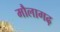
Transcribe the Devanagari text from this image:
मौलागढ़